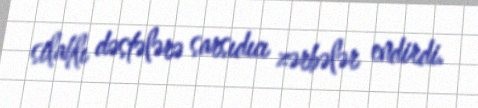
silahlı dəstələrə sarsıdıcı zərbələr endirdi.